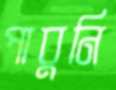
পাবুনি